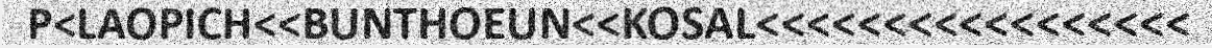
P<LAOPICH<<BUNTHOEUN<<KOSAL<<<<<<<<<<<<<<<<<